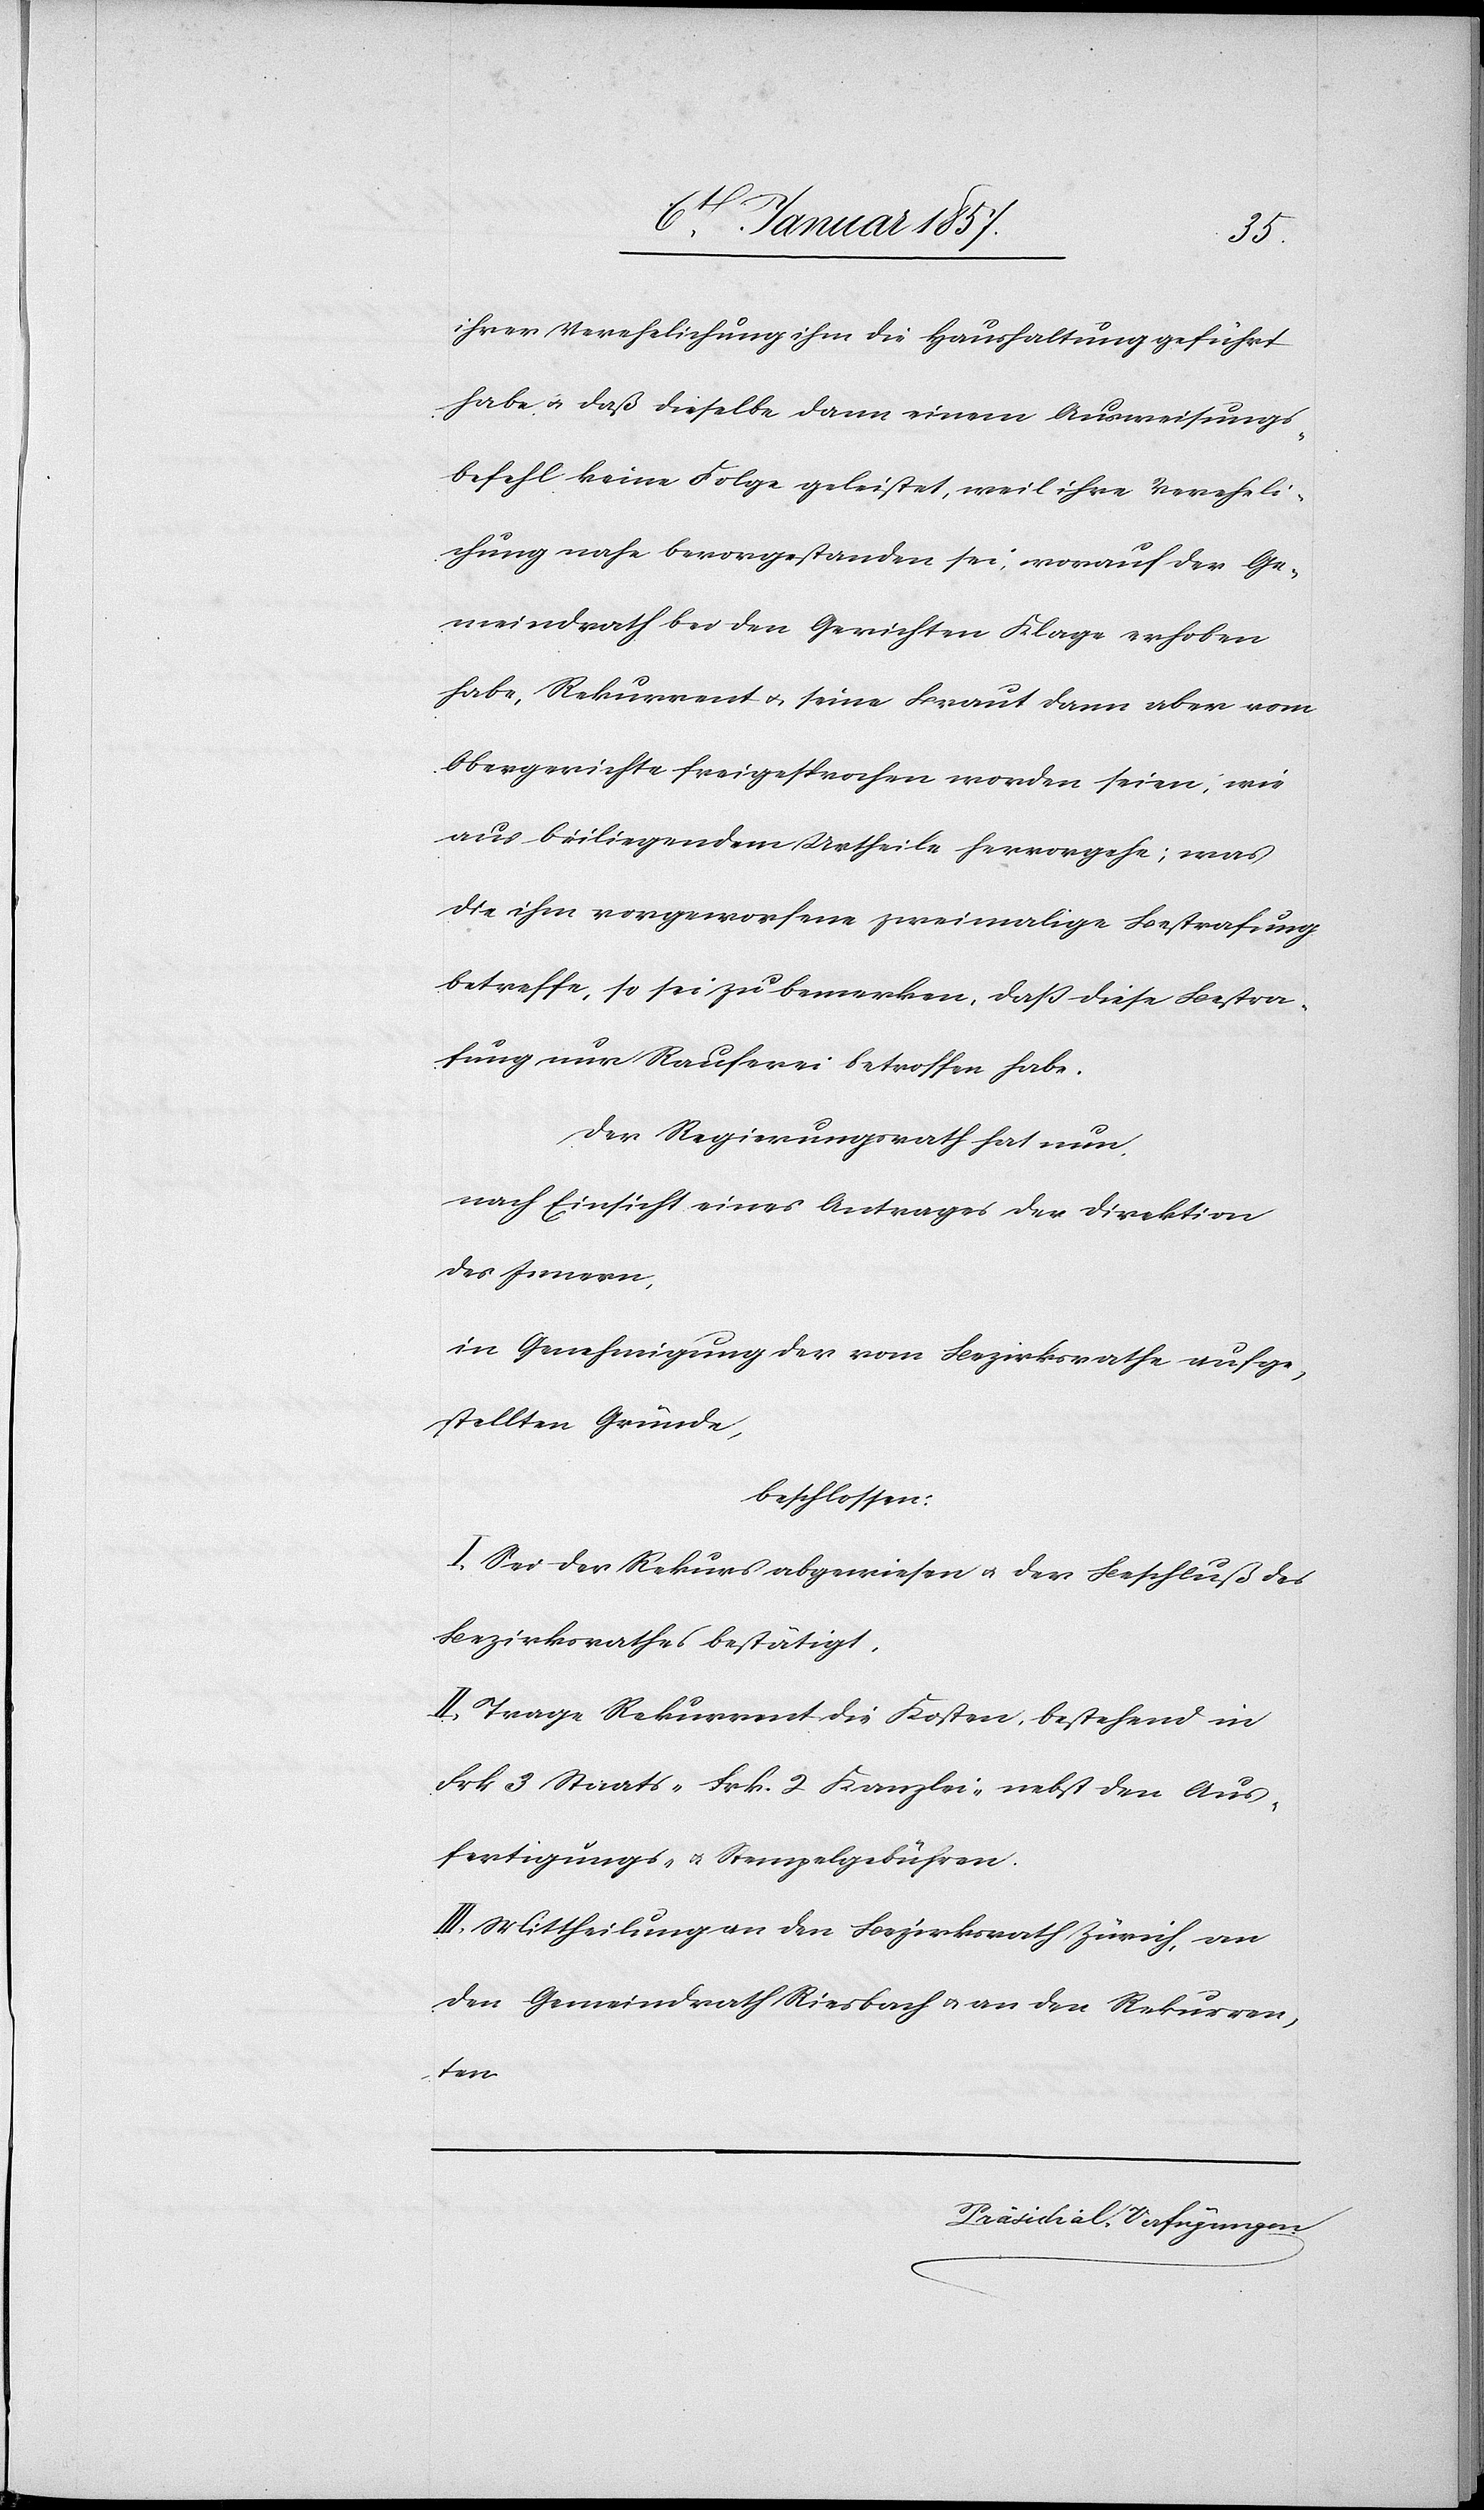
ihrer Verehelichung ihm die Haushaltung geführt
habe u. daß dieselbe dann einem Ausweisungs¬
befehl keine Folge geleistet, weil ihre Vereheli¬
chung nahe bevorgestanden sei, worauf der Ge¬
meindrath bei den Gerichten Klage erhoben
habe, Rekurrent u. seine Braut dann aber vom
Obergerichte freigesprochen worden seien, wie
aus beiliegendem Urtheile hervorgehe; was
die ihm vorgeworfene zweimalige Bestrafung
betreffe, so sei zu bemerken, daß diese Bestra¬
fung nur Rauferei betroffen habe.
Der Regierungsrath hat nun
nach Einsicht eines Antrages der Direktion
des Innern
in Genehmigung der vom Bezirksrathe aufge¬
stellten Gründen,
beschlossen:
I. Sei der Rekurs abgewiesen u. der Beschluß des
Bezirksrathes bestätigt.
II. Trage der Rekurrent die Kosten, bestehend in
Frk 3 Staats- Frk. 2 Kanzlei- nebst den Aus¬
fertigungs- u. Stempelgebühren.
III. Mittheilung an den Bezirksrath Zürich, an
den Gemeindrath Riesbach u. an den Rekurren¬
ten.